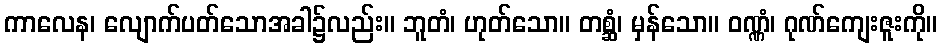
ကာလေန၊ လျောက်ပတ်သောအခါ၌လည်း။ ဘူတံ၊ ဟုတ်သော။ တစ္ဆံ၊ မှန်သော။ ဝဏ္ဏံ၊ ဂုဏ်ကျေးဇူးကို။